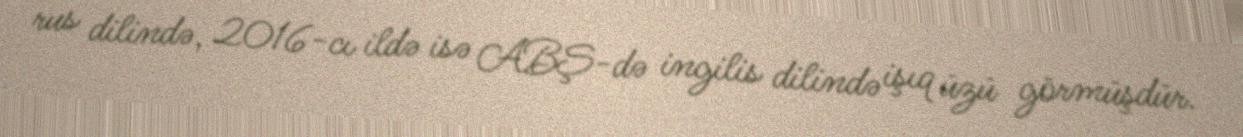
rus dilində, 2016-cı ildə isə ABŞ-də ingilis dilində işıq üzü görmüşdür.